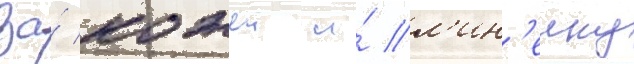
за́ кожеи и́ л'ин'еику